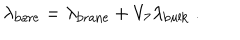
\lambda _ { \mathrm { b a r e } } = \lambda _ { \mathrm { b r a n e } } + V _ { 7 } \lambda _ { \mathrm { b u l k } } \ .